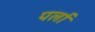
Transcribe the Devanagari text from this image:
पर्ला